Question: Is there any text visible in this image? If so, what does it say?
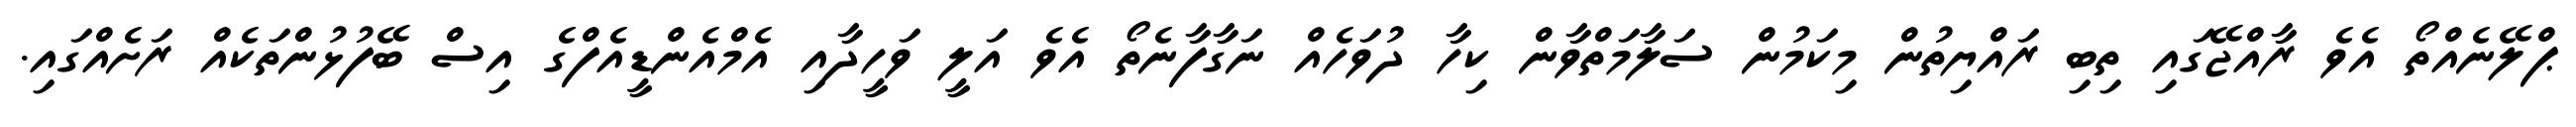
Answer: ޕްލޭނެއްތޯ އެވެ ރާއްޖޭގައި ތިބި ރައްޔިތުން މިކަމުން ސަލާމަތްވާން ކިހާ ދުވަހެއް ނަގާފާނެތޯ އެވެ އަލީ ވަހީދާއި އެމްއެންޑީއެފްގެ އިސް ބޭފުޅުންތަކެއް ރަށެއްގައި.